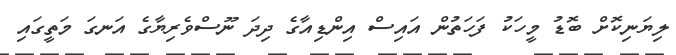
ލިޔަނިކޮށް ބޮޑު މީހަކު ފަހަތުން އައިސް އިންޑިއާގެ ދިދަ ނޫސްވެރިޔާގެ އަނގަ މަތީގައި